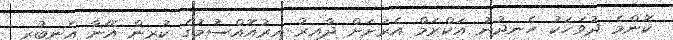
ކޮންމެ ދުވަހަކު ހެނދުނު އަކްރަމް އެރަށަށް ދާއިރު އިރުއޮއްސުމުގެ ކުރިން އޭނާ އެނބުރި